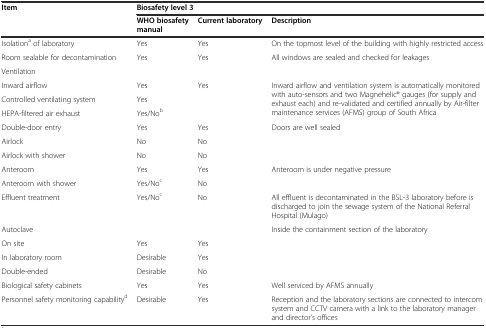
<table><thead><tr><td><b>Item</b></td><td colspan="3"><b>Biosafety level 3</b></td></tr><tr><td></td><td><b>WHO biosafety manual</b></td><td><b>Current laboratory</b></td><td><b>Description</b></td></tr></thead><tbody><tr><td>Isolation<sup>a</sup> of laboratory</td><td>Yes</td><td>Yes</td><td>On the topmost level of the building with highly restricted access</td></tr><tr><td>Room sealable for decontamination</td><td>Yes</td><td>Yes</td><td>All windows are sealed and checked for leakages</td></tr><tr><td>Ventilation</td><td></td><td></td><td></td></tr><tr><td>Inward airflow</td><td>Yes</td><td>Yes</td><td rowspan="3">Inward airflow and ventilation system is automatically monitored with auto-sensors and two Magnehelic® gauges (for supply and exhaust each) and re-validated and certified annually by Air-filter maintenance services (AFMS) group of South Africa</td></tr><tr><td>Controlled ventilating system</td><td>Yes</td><td rowspan="2"></td></tr><tr><td>HEPA-filtered air exhaust</td><td>Yes/No<sup>b</sup></td></tr><tr><td>Double-door entry</td><td>Yes</td><td>Yes</td><td>Doors are well sealed</td></tr><tr><td>Airlock</td><td>No</td><td>No</td><td></td></tr><tr><td>Airlock with shower</td><td>No</td><td>No</td><td></td></tr><tr><td>Anteroom</td><td>Yes</td><td>Yes</td><td>Anteroom is under negative pressure</td></tr><tr><td>Anteroom with shower</td><td>Yes/No<sup>c</sup></td><td>No</td><td></td></tr><tr><td>Effluent treatment</td><td>Yes/No<sup>c</sup></td><td>No</td><td>All effluent is decontaminated in the BSL-3 laboratory before is discharged to join the sewage system of the National Referral Hospital (Mulago)</td></tr><tr><td>Autoclave</td><td></td><td></td><td rowspan="4">Inside the containment section of the laboratory</td></tr><tr><td>On site</td><td>Yes</td><td>Yes</td></tr><tr><td>In laboratory room</td><td>Desirable</td><td>Yes</td></tr><tr><td>Double-ended</td><td>Desirable</td><td>No</td></tr><tr><td>Biological safety cabinets</td><td>Yes</td><td>Yes</td><td>Well serviced by AFMS annually</td></tr><tr><td>Personnel safety monitoring capability<sup>d</sup></td><td>Desirable</td><td>Yes</td><td>Reception and the laboratory sections are connected to intercom system and CCTV camera with a link to the laboratory manager and director’s offices</td></tr></tbody></table>